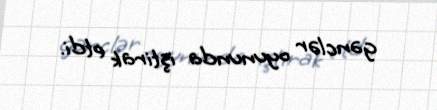
gənclər oyununda iştirak etdi.